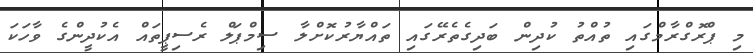
މި ޕްރޮގްރާމްގައި ތުއްތު ކުދިން ބަދިގެތެރޭގައި ތައްޔާރުކޮށްލާ ސިމްޕަލް ރެސިޕީތައް އެކުދީންގެ ވާހަކަ